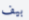
بيف